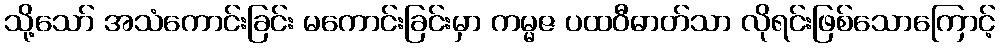
သို့သော် အသံကောင်းခြင်း မကောင်းခြင်းမှာ ကမ္မဇ ပထဝီဓာတ်သာ လိုရင်းဖြစ်သောကြောင့်